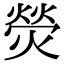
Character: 熒